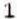
1